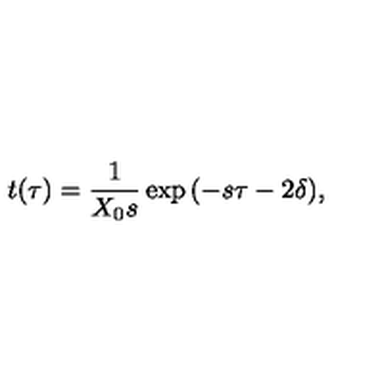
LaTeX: t ( \tau ) = \frac 1 { X _ { 0 } s } \exp { ( - s \tau - 2 \delta ) } ,